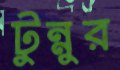
টুন্নুর